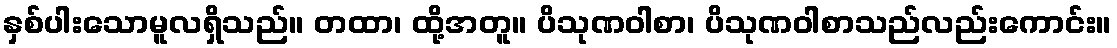
နှစ်ပါးသောမူလရှိသည်။ တထာ၊ ထို့အတူ။ ပိသုဏဝါစာ၊ ပိသုဏဝါစာသည်လည်းကောင်း။